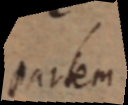
partem